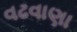
વઢવાણા